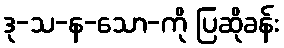
ဒု-သ-န-သော-ကို ပြဆိုခန်း